Report of the Municipal Commissioner on the plague in Bombay for the year ending 31st May... - Volume 2
Disease focus: Plague
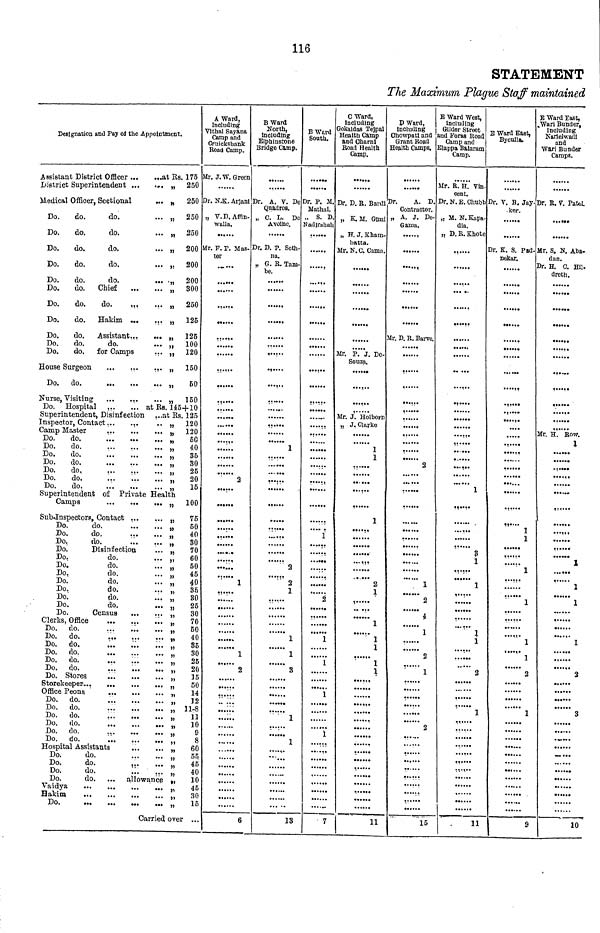
116
STATEMENT
The Maximum Plague Staff maintained
Designation and Pay of the Appointment.
Assistant District Officer
at Rs. 175
District Superintendent ...
.... „ 250
Medical Officer, Sectional
... „ 250
Do.
do.
do.
... „ 250
Do.
do.
do.
... „ 250
Do.
do.
do.
... „ 200
Do.
do.
do.
... „ 200
Do.
do.
do.
... „ 200
Do.
do. Chief
„ 300
Do.
do.
do.
,.,
... „ 250
Do.
do. Hakim ...
... „ 125
Do.
do. Assistant
„ 125
Do.
do.
do.
... „ 100
Do.
do. for Camps
... „ 120
House Surgeon
.,.
...
"
150
Do. do.
„
50
Nurse, Visiting
„ 150
Do. Hospital ,
at Rs. 145+10
Superintendent, Disinfection ...at Rs. 125
Inspector, Contact...
...
.. „ 120
Camp Master
... „ 120
Do.
do.
„
50
Do.
do.
...
.
„ 40
Do.
do.
„
35
Do.
do.
„
30
Do.
do,
.,.
.,.
... „
25
Do.
do.
..
„
20
Do.
do.
..
„
15
Superintendent of Private Health
Camps
„ 100
Sub-Inspectors, Contact ...
. „ 75
Do.
do.
„.
. „
50
Do.
do.
40
Do.
do.
...
„
30
Do.
Disinfection
.. „
70
Do.
do.
. „
60
Do.
do.
. „
50
Do.
do.
. „
45
Do.
do.
. „
40
Do.
do.
.. „
35
Do.
do.
.. „
30
Do.
do.
.. „
25
Do.
Census
...
.. „
30
Clerks, Office
...
...
.. „ 70
Do. do.
...
...
.. „
50
Do. do.
„
40
Do. do.
...
..
„ 35
Do. do.
„
30
Do. do.
... „
25
Do. do.
...
„
2
Office Peona
„
14
Do. do.
,
12
Do. do.
, 11-8
Do. do.
„
1
Do. do.
„
1
Do. do.
.,
„
9
Do. do.
'.
„
8
Hospital Assistants
„ 60
Do.
do.
„ 55
Do.
do.
,
„ 45
Do.
do.
.'..
... „ 40
Do.
do. ... allowance „ 10
Vaidya
...
45
Hakim
„ 30
Do.
1
Carried over .
A Ward,
Including
Vithal Sayana
Camp and
Cruickshank
Road Camp.
Mr. J.W. Green
Dr. N.K. Arjani
" V.D, Affin-
walla.
Mr. F. P. Mas-
ter
.••.
......
......
••••••
......
• • • •
• • • •
......
......
......
...... 2
......
......
......
...."
...'
...... 1
. .
......
......
......
......
1
2
......
6
B Ward
North,
including
Elphinstone
Bridge Camp.
......
r. A. V. De
Quadros.
C. L. De
Avoine.
Dr. D. P. Seth-
na.
G. R. Tam-
be.
......
......
,....
.
......
.....
.....
1
......
......
......
......
......
......
...... 2
...... 2
l
......
......
...
l
...... 1
3
1
1
..."
13
B Ward
South.
•••••
Mathai.
S. D.
Nadirshah
......
..
......
••••••
......
......
•••••
......
....
......
....
1
•• •••
••
•
•••..
2
......
......
... 1.
1
......
......
7
C Ward,
including
Gokaldas Tejpal
Health Camp
and Charni
Road Health
Camp.
......
Dr. D. R. Bardi
, K.M. Gimi
, H. J. Kham-
batta.
Mr. N.C. Cama.
......
Mr. P." J. De-
Souza.
......
......
Mr. J. Holborn
„ J. Clarke
...
1
1
••.
2
1
1
...... 1
l
1
1 *
.....
......
......
11
D Ward,
including
Chowpati and
Grant Road
Health Camps.
Dr.
A. D.
Contractor.
A. J. De-
Gama.
......
....
......
Mr. D. R. Barve.
......
....
.....
......
......
2
:
...... 1
"
2
4
' 1
2
1
' •
......
......
2
......
' •
*
•••••
......
......
15
E Ward West,
including
Glider Street
and Foras Road
Camp and
Elappa Balaram
Camp.
Mr. R. H. Vin-
cent.
r. N. E. Chubb
, M. N. Kapa-
dia.
, D. R.Khote
......
......
.....
......
......
.....
1
....
...
3 y
l
1
' 1
4
1
......
......
2
......
......
1 1
......
......
......
......
......
......
......
11
B Ward East,
Byculla.
......
Dr. V. B. Jay-
ker.
......
Dr. K. S. Pad-
nekar.
......
.
......
......
••»
......
......
******
1
1 X
1
......
......
1 1
......
......
......
......
... ...
......
......
......
,
E Ward East,
EWard Bunder,
Including
Narielwadi
and
Wari Bunder
Camps.
••••••
Dr. R. V. Patel
••••••
Mr. S. N. Aba-
dan.
Dr. H. C. Hil-
dreth.
••••••
......
......
,
••••••
Mr. H. Row.
l
•••
••••••
••••
••••
******
......
......
******
••••••
1
1
......
7 1.
......
•••
••«•«.
••....
......
......
.....
•..*••
......
......
10